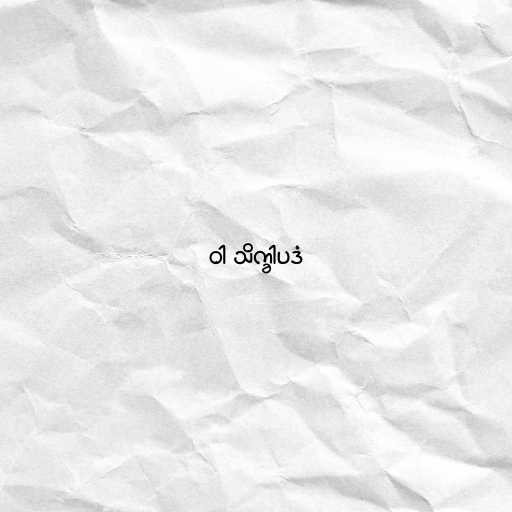
ဝါ သိက္ခါပဒံ